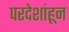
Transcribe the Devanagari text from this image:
परदेशांहून